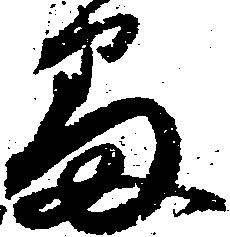
番